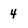
Character: 4